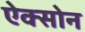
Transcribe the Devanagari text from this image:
ऐक्सोन